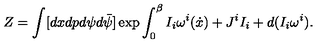
Z = \int [ d x d p d \psi d \bar { \psi } ] \exp \int _ { 0 } ^ { \beta } I _ { i } \omega ^ { i } ( \dot { x } ) + J ^ { i } I _ { i } + d ( I _ { i } \omega ^ { i } ) .